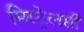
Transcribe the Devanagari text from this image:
मिस्ट्रेलसी